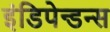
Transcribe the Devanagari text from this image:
इंडिपेन्डन्स